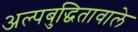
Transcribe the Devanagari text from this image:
अल्पबुद्धितावाले